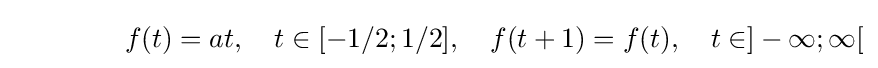
\qquad \qquad f(t)=at,\quad t\in [-1/2;1/2],\quad f(t+1)=f(t),\quad t\in ]-\infty ;\infty [